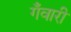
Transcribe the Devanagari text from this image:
गँवारी